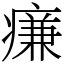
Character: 㾾